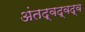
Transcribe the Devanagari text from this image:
अंतद्वद्वद्व